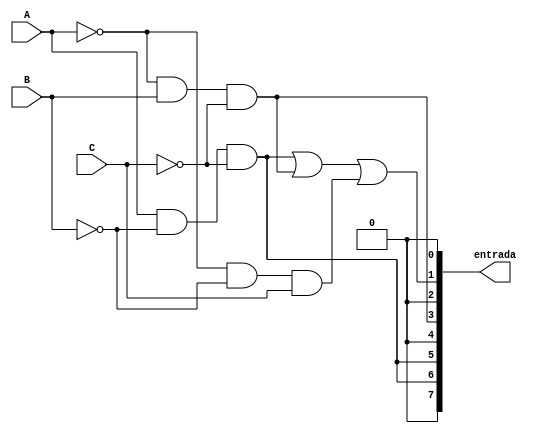
module entradas_test(
	
	//98,10,2
	input A,
	input B,
	input C,
	output [7:0]entrada

);

assign entrada[0] = 0;
assign entrada[1]= (A & !B & !C) || (!A & B & !C) || (!A & !B & C);
assign entrada[2] = 0;
assign entrada[3]= !A & B & !C;
assign entrada[4] = 0;
assign entrada[5] = A & !B & !C;
assign entrada[6] = A & !B & !C;
assign entrada[7] = 0;

//tests esto no waveform1

endmodule